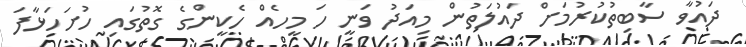
ދައުވާ ސާބިތުކުރުމަށް ދައުލަތުން މިއަދު ވަނީ ހަ މީހެއް ހެކީންގެ ގޮތުގައި ހުށަހަޅާފަ